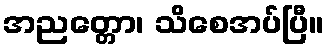
အညတ္တော၊ သိစေအပ်ပြီ။